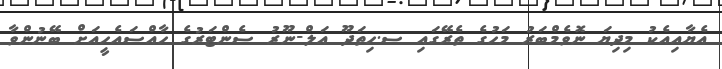
އެޔާއިއެކު މިދިޔަ ނޮވެމްބަރު މަހުގެ ތެރޭގައި ސ.ހިތަދޫ އަލް-ނޫރު ސެންޓަރުގެ ހާއްސައެހީއަށް ބޭނުންވާ